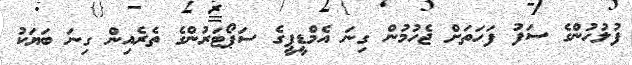
ފުލުހުންގެ ސަފު ފަހަތަށް ޖެހުމުން ގިނަ އެމްޑީޕީގެ ސަޕޯޓަރުންގެ ތެރެއިން ގިނަ ބަޔަކު